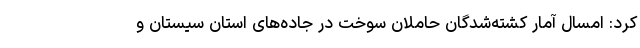
کرد: امسال آمار کشته‌شدگان حاملان سوخت در جاده‌های استان سیستان و